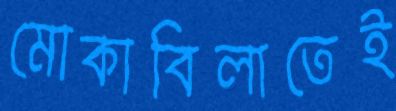
মোকাবিলাতেই